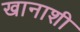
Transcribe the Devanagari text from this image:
खानाशी